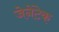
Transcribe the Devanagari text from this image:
जेनेंटेक